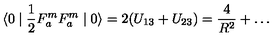
\langle 0 \mid \frac { 1 } { 2 } F _ { a } ^ { m } F _ { a } ^ { m } \mid 0 \rangle = 2 ( U _ { 1 3 } + U _ { 2 3 } ) = \frac { 4 } { R ^ { 2 } } + \ldots